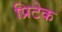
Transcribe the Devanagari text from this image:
प्रिटेक